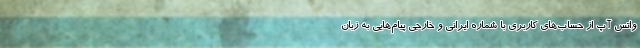
واتس آپ از حساب‌های کاربری با شماره ایرانی و خارجی پیام‌هایی به زبان